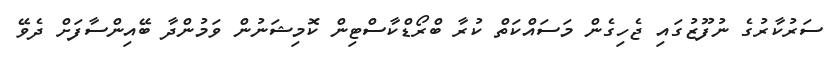
ސަރުކާރުގެ ނުފޫޒުގައި ޖެހިގެން މަސައްކަތް ކުރާ ބްރޯޑްކާސްޓިން ކޮމިޝަނުން ވަމުންދާ ބޭއިންސާފަށް ދެވޭ